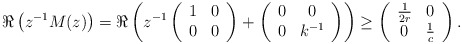
\begin{align*}\Re\left(z^{-1}M(z)\right)=\Re\left(z^{-1}\left(\begin{array}{cc}1 & 0\\0 & 0\end{array}\right)+\left(\begin{array}{cc}0 & 0\\0 & k^{-1}\end{array}\right)\right)\geq\left(\begin{array}{cc}\frac{1}{2r} & 0\\0 & \frac{1}{c}\end{array}\right).\end{align*}